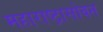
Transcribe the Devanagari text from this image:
महाराष्ट्रासोबत